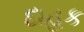
દાહક